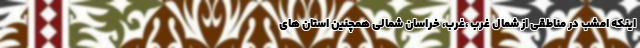
اینکه امشب در مناطقی از شمال غرب ،غرب، خراسان شمالی همچنین استان های